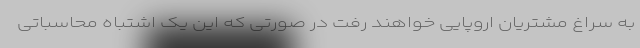
به سراغ مشتریان اروپایی خواهند رفت در صورتی که این یک اشتباه محاسباتی